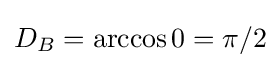
D_{B}=\arccos 0=\pi /2